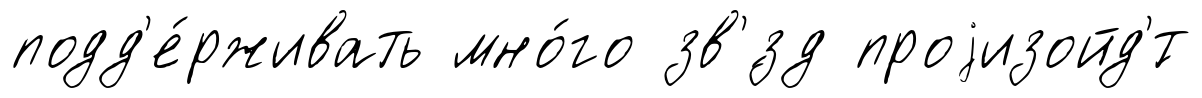
подд'е́рживать мно́го зв'́зд проjизойд'́т